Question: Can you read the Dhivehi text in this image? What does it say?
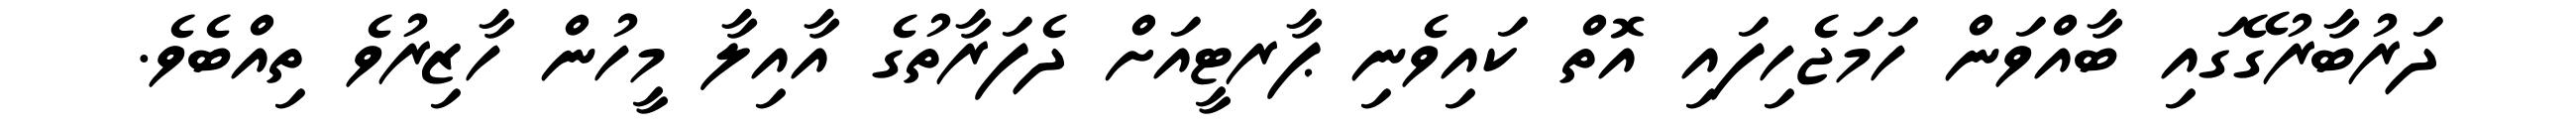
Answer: ދަރުބާރުގޭގައި ބާއްވަން ހަމަޖެހިފައި އޮތް ކައިވެނި ޕާރޓީއަށް ދެފަރާތުގެ އާއިލާ މީހުން ހާޒިރުވެ ތިއްބެވެ.